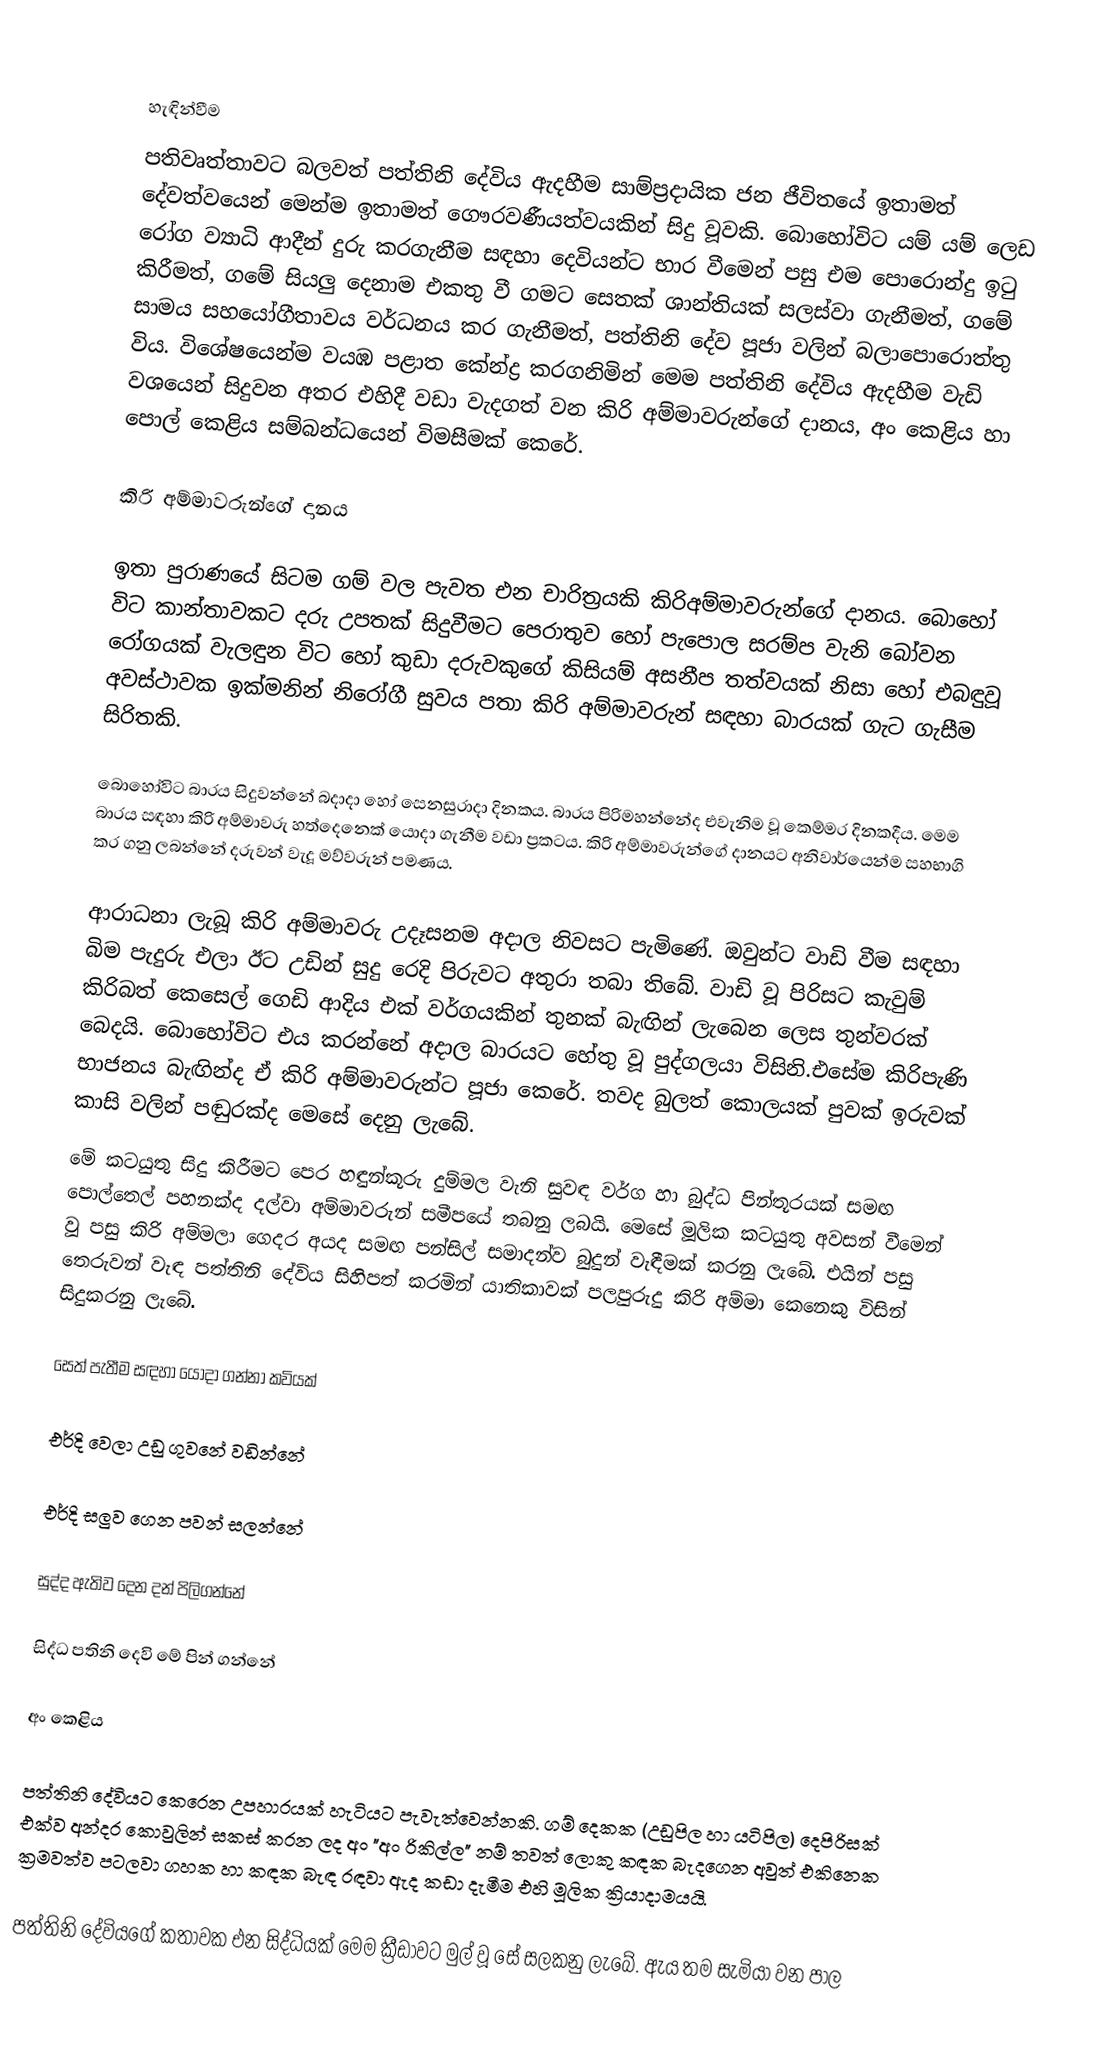

හැඳින්වීම
පතිවෘත්තාවට බලවත් පත්තිනි දේවිය ඇදහීම සාම්ප්‍රදායික ජන ජීවිතයේ ඉතාමත් දේවත්වයෙන් මෙන්ම ඉතාමත් ගෞරවණීයත්වයකින් සිදු වූවකි. බොහෝවිට යම් යම් ලෙඩ රෝග ව්‍යාධි ආදීන් දුරු කරගැනීම සඳහා දෙවියන්ට භාර වීමෙන් පසු එම පොරොන්දු ඉටු කිරීමත්, ගමේ සියලු දෙනාම එකතු වී ගමට සෙතක් ශාන්තියක් සලස්වා ගැනීමත්, ගමේ සාමය සහයෝගීතාවය වර්ධනය කර ගැනීමත්, පත්තිනි දේව පූජා වලින් බලාපොරොත්තු විය. විශේෂයෙන්ම වයඹ පළාත කේන්ද්‍ර කරගනිමින් මෙම පත්තිනි දේවිය ඇදහීම වැඩි වශයෙන් සිදුවන අතර එහිදී වඩා වැදගත් වන කිරි අම්මාවරුන්ගේ දානය, අං කෙළිය හා පොල් කෙළිය සම්බන්ධයෙන් විමසීමක් කෙරේ.

කිරි අම්මාවරුන්ගේ දානය

ඉතා පුරාණයේ සිටම ගම් වල පැවත එන චාරිත්‍රයකි කිරිඅම්මාවරුන්ගේ දානය. බොහෝ විට කාන්තාවකට දරු උපතක් සිදුවීමට පෙරාතුව හෝ පැපොල සරම්ප වැනි බෝවන රෝගයක් වැලඳුන විට හෝ කුඩා දරුවකුගේ කිසියම් අසනීප තත්වයක් නිසා හෝ එබඳුවූ අවස්ථාවක ඉක්මනින් නිරෝගී සුවය පතා කිරි අම්මාවරුන් සඳහා බාරයක් ගැට ගැසීම සිරිතකි.

බොහෝවිට බාරය සිදුවන්නේ බදාදා හෝ සෙනසුරාදා දිනකය. බාරය පිරිමහන්නේද එවැනිම වූ කෙම්මර දිනකදීය. මෙම බාරය සඳහා කිරි අම්මාවරු හත්දෙනෙක් යොදා ගැනීම වඩා ප්‍රකටය. කිරි අම්මාවරුන්ගේ දානයට අනිවාර්යෙන්ම සහභාගි කර ගනු ලබන්නේ දරුවන් වැදූ මව්වරුන් පමණය.

ආරාධනා ලැබූ කිරි අම්මාවරු උදෑසනම අදාල නිවසට පැමිණේ. ඔවුන්ට වාඩි වීම සඳහා බිම පැදුරු එලා ඊට උඩින් සුදු රෙදි පිරුවට අතුරා තබා තිබේ. වාඩි වූ පිරිසට කැවුම් කිරිබත් කෙසෙල් ගෙඩි ආදිය එක් වර්ගයකින් තුනක් බැඟින් ලැබෙන ලෙස තුන්වරක් බෙදයි. බොහෝවිට එය කරන්නේ අදාල බාරයට හේතු වූ පුද්ගලයා විසිනි.එසේම කිරිපැණි භාජනය බැඟින්ද ඒ කිරි අම්මාවරුන්ට පූජා කෙරේ. තවද බුලත් කොලයක් පුවක් ඉරුවක් කාසි වලින් පඬුරක්ද මෙසේ දෙනු ලැබේ.
මේ කටයුතු සිදු කිරීමට පෙර හඳුන්කූරු දුම්මල වැනි සුවඳ වර්ග හා බුද්ධ පින්තූරයක් සමඟ පොල්තෙල් පහනක්ද දල්වා අම්මාවරුන් සමීපයේ තබනු ලබයි. මෙසේ මූලික කටයුතු අවසන් වීමෙන් වූ පසු කිරි අම්මලා ගෙදර අයද සමඟ පන්සිල් සමාදන්ව බුදුන් වැඳීමක් කරනු ලැබේ. එයින් පසු තෙරුවන් වැඳ පත්තිනි දේවිය සිහිපත් කරමින් යාතිකාවක් පලපුරුදු කිරි අම්මා කෙනෙකු විසින් සිදුකරනු ලැබේ.

සෙත් පැතීම සඳහා යොදා ගන්නා කවියක්

  එර්දි වෙලා උඩු ගුවනේ 	වඩින්නේ

  එර්දි සලුව ගෙන පවන් 		සලන්නේ

  සුද්ද ඇතිව දෙන දන් 		පිලිගන්නේ

  සිද්ධ පතිනි දෙවි මේ පින් 	ගන්නේ

අං කෙළිය

පත්තිනි දේවියට කෙරෙන උපහාරයක් හැටියට පැවැත්වෙන්නකි. ගම් දෙකක (උඩුපිල හා යටිපිල) දෙපිරිසක් එක්ව අන්දර කොවුලින් සකස් කරන ලද අං "අං රිකිල්ල" නම් තවත් ලොකු කඳක බැදගෙන අවුත් එකිනෙක ක්‍රමවත්ව පටලවා ගහක හා කඳක බැඳ රඳවා ඇද කඩා දැමීම එහි මූලික ක්‍රියාදාමයයි.

පත්තිනි දේවියගේ කතාවක එන සිද්ධියක් මෙම ක්‍රීඩාවට මුල් වූ සේ සලකනු ලැබේ. ඇය තම සැමියා වන පාල